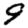
Digit: 9